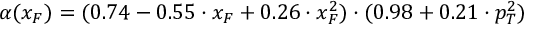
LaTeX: \alpha ( x _ { F } ) = ( 0 . 7 4 - 0 . 5 5 \cdot x _ { F } + 0 . 2 6 \cdot x _ { F } ^ { 2 } ) \cdot ( 0 . 9 8 + 0 . 2 1 \cdot p _ { T } ^ { 2 } )